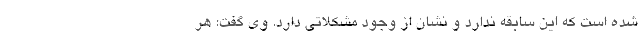
شده است که این سابقه ندارد و نشان از وجود مشکلاتی دارد. وی گفت: هر